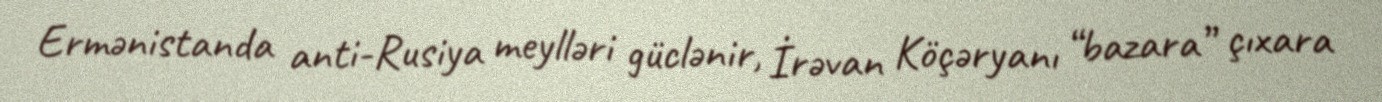
Ermənistanda anti-Rusiya meylləri güclənir, İrəvan Köçəryanı “bazara” çıxara